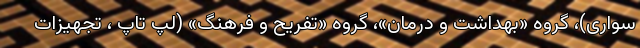
سواری)، گروه «بهداشت و درمان»، گروه «تفریح و فرهنگ» (لپ تاپ ، تجهیزات